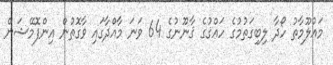
މައުލޫމާތު ހޯދާ ލިބިގަތުމުގެ ހައްޤުގެ ޤާނޫނުގެ 64 ވަނަ މާއްދާގައި ވާގޮތުން އިންފޮމޭޝަން